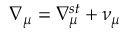
\nabla _ { \mu } = \nabla _ { \mu } ^ { s t } + \nu _ { \mu }